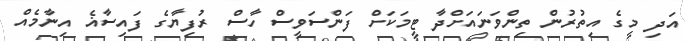
އަދި މީގެ އިތުރުން ތިންވަނައަށްދާ ޓީމަކަށް ފަންސަވީސް ހާސް ރުފިޔާގެ ފައިސާޣެ އިނާމެއް